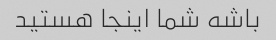
باشه شما اینجا هستید